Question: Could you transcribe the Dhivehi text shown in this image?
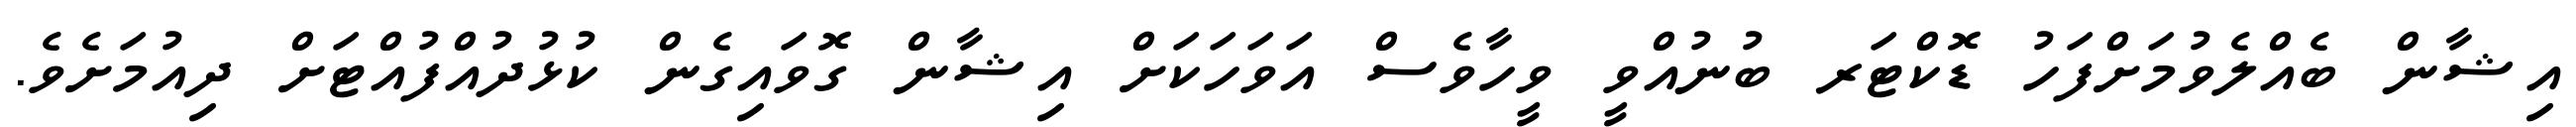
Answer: އިޝާން ބެއްލެވުމަށްފަހު ޑޮކްޓަރ ބުނުއްވީ ވީހާވެސް އަވަހަކަށް އިޝާން ގޮވައިގެން ކުޅުދުއްފުއްޓަށް ދިއުމަށެވެ.